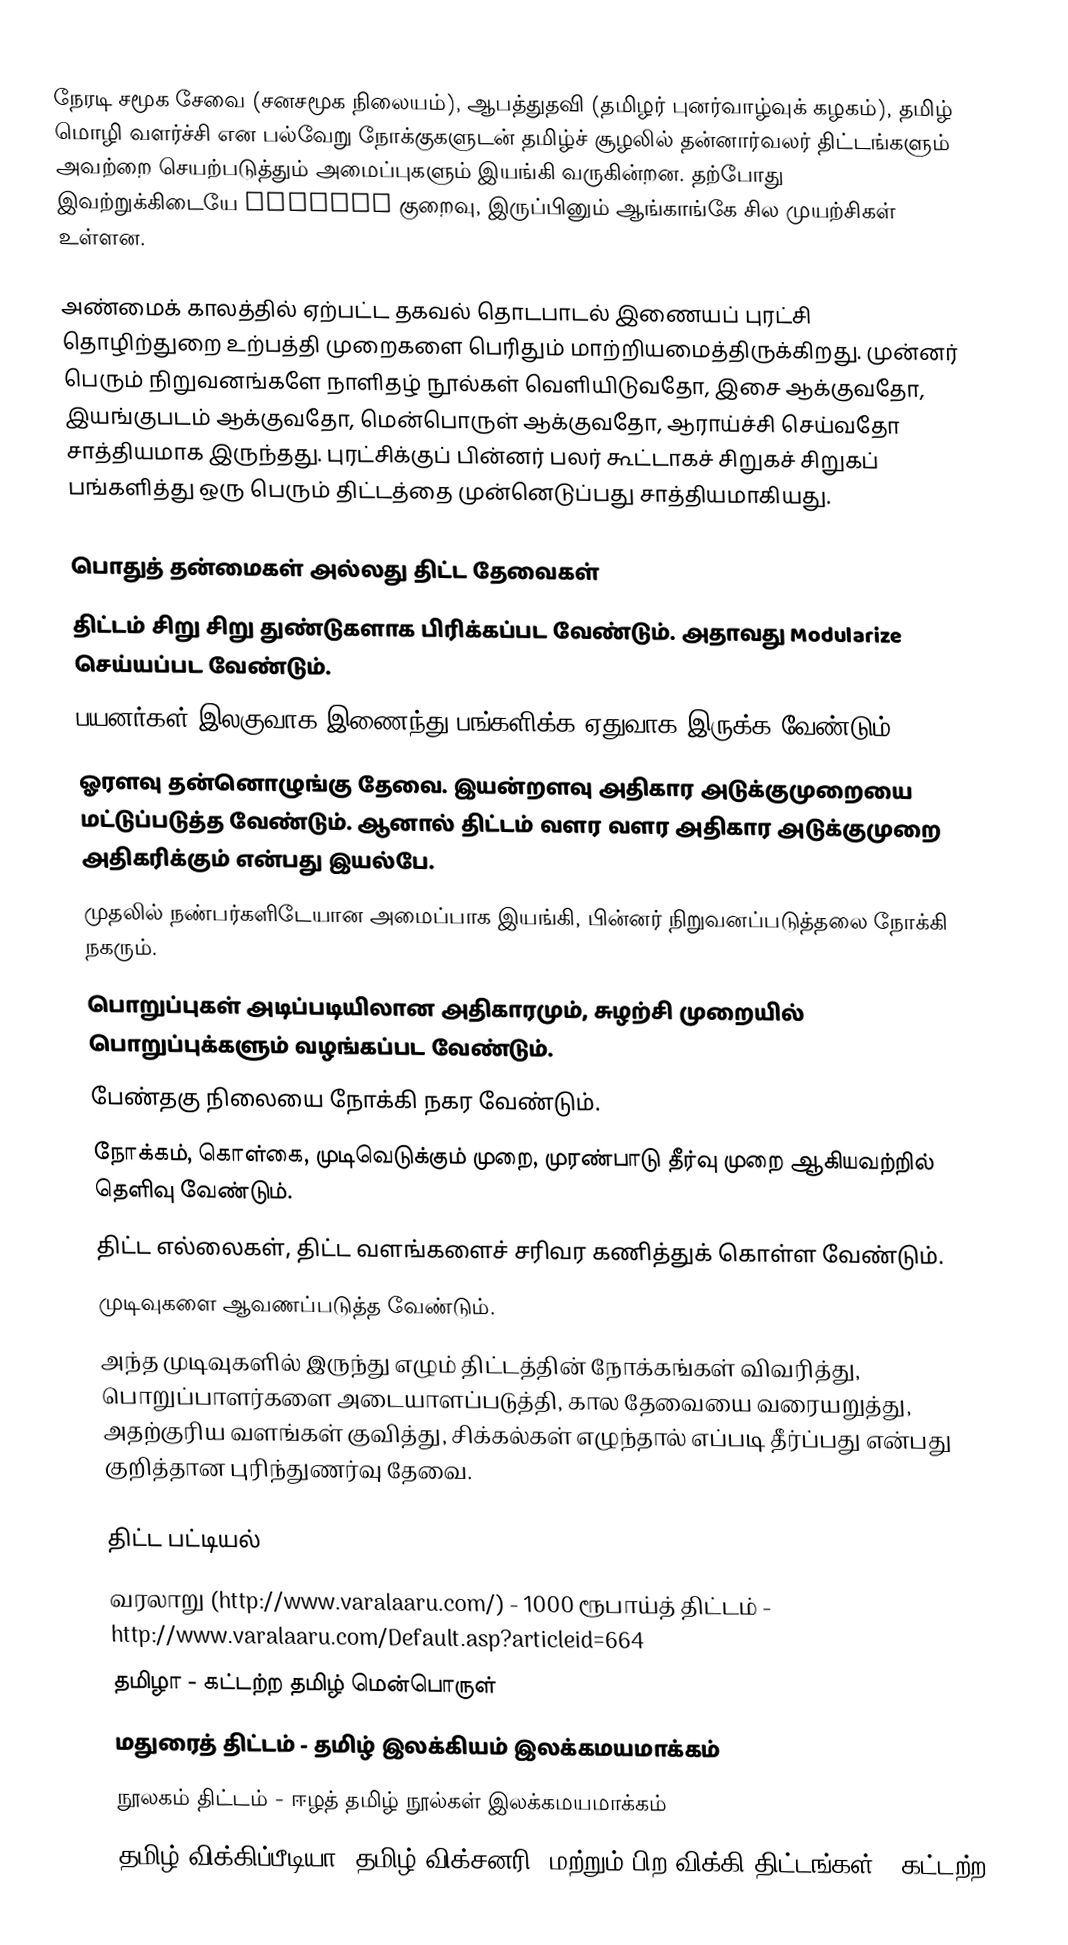
நேரடி சமூக சேவை (சனசமூக நிலையம்), ஆபத்துதவி (தமிழர் புனர்வாழ்வுக் கழகம்), தமிழ் மொழி வளர்ச்சி என பல்வேறு நோக்குகளுடன் தமிழ்ச் சூழலில் தன்னார்வலர் திட்டங்களும் அவற்றை செயற்படுத்தும் அமைப்புகளும் இயங்கி வருகின்றன.  தற்போது இவற்றுக்கிடையே synergy குறைவு, இருப்பினும் ஆங்காங்கே சில முயற்சிகள் உள்ளன.

அண்மைக் காலத்தில் ஏற்பட்ட தகவல் தொடபாடல் இணையப் புரட்சி தொழிற்துறை உற்பத்தி முறைகளை பெரிதும் மாற்றியமைத்திருக்கிறது. முன்னர் பெரும் நிறுவனங்களே நாளிதழ் நூல்கள் வெளியிடுவதோ, இசை ஆக்குவதோ, இயங்குபடம் ஆக்குவதோ, மென்பொருள் ஆக்குவதோ, ஆராய்ச்சி செய்வதோ சாத்தியமாக இருந்தது.  புரட்சிக்குப் பின்னர் பலர் கூட்டாகச் சிறுகச் சிறுகப் பங்களித்து ஒரு பெரும் திட்டத்தை முன்னெடுப்பது சாத்தியமாகியது.

பொதுத் தன்மைகள் அல்லது திட்ட தேவைகள்
 திட்டம் சிறு சிறு துண்டுகளாக பிரிக்கப்பட வேண்டும்.  அதாவது Modularize செய்யப்பட வேண்டும்.
 பயனர்கள் இலகுவாக இணைந்து பங்களிக்க ஏதுவாக இருக்க வேண்டும்.
 ஓரளவு தன்னொழுங்கு தேவை. இயன்றளவு அதிகார அடுக்குமுறையை மட்டுப்படுத்த வேண்டும். ஆனால் திட்டம் வளர வளர அதிகார அடுக்குமுறை அதிகரிக்கும் என்பது இயல்பே.
 முதலில் நண்பர்களிடேயான அமைப்பாக இயங்கி, பின்னர் நிறுவனப்படுத்தலை நோக்கி நகரும்.
 பொறுப்புகள் அடிப்படியிலான அதிகாரமும், சுழற்சி முறையில் பொறுப்புக்களும் வழங்கப்பட வேண்டும்.
 பேண்தகு நிலையை நோக்கி நகர வேண்டும்.
 நோக்கம், கொள்கை, முடிவெடுக்கும் முறை, முரண்பாடு தீர்வு முறை ஆகியவற்றில் தெளிவு வேண்டும்.
 திட்ட எல்லைகள், திட்ட வளங்களைச் சரிவர கணித்துக் கொள்ள வேண்டும்.
 முடிவுகளை ஆவணப்படுத்த வேண்டும்.
 அந்த முடிவுகளில் இருந்து எழும் திட்டத்தின் நோக்கங்கள் விவரித்து, பொறுப்பாளர்களை அடையாளப்படுத்தி, கால தேவையை வரையறுத்து, அதற்குரிய வளங்கள் குவித்து, சிக்கல்கள் எழுந்தால் எப்படி தீர்ப்பது என்பது குறித்தான புரிந்துணர்வு தேவை.

திட்ட பட்டியல்
 வரலாறு (http://www.varalaaru.com/) - 1000 ரூபாய்த் திட்டம் - http://www.varalaaru.com/Default.asp?articleid=664
 தமிழா - கட்டற்ற தமிழ் மென்பொருள்
 மதுரைத் திட்டம் - தமிழ் இலக்கியம் இலக்கமயமாக்கம்
 நூலகம் திட்டம் - ஈழத் தமிழ் நூல்கள் இலக்கமயமாக்கம்
 தமிழ் விக்கிப்பீடியா, தமிழ் விக்சனரி, மற்றும் பிற விக்கி திட்டங்கள் - கட்டற்ற